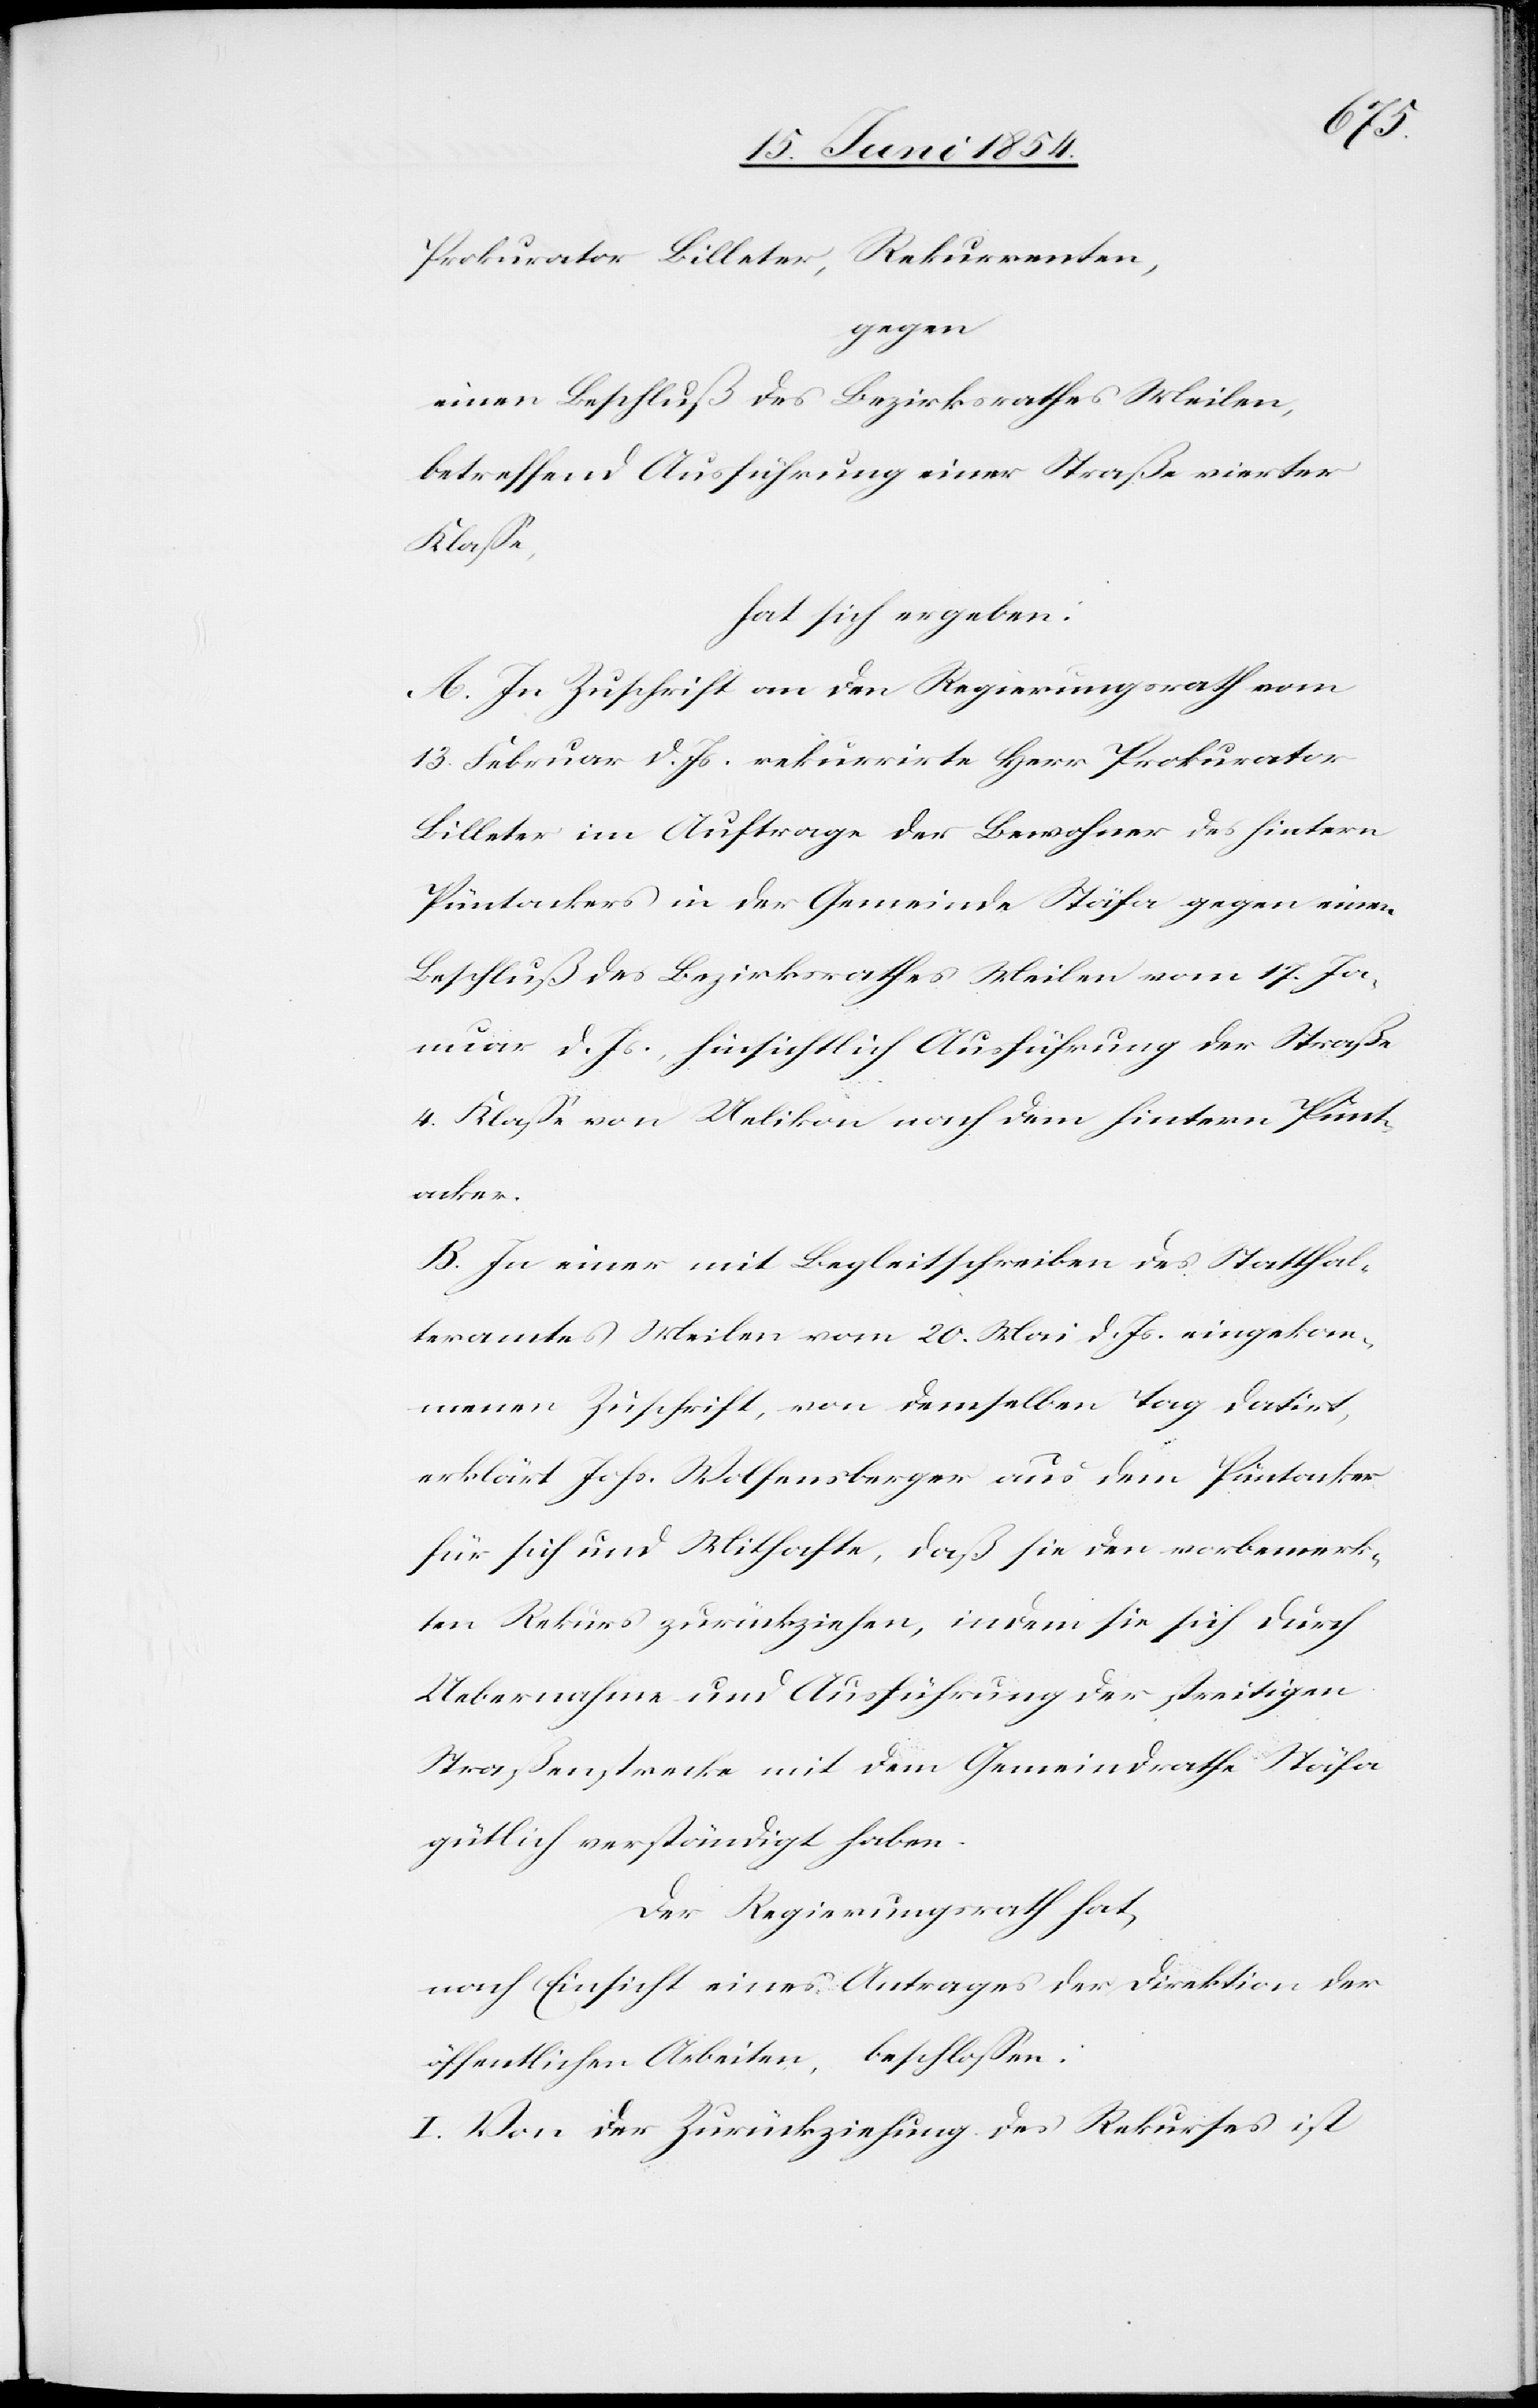
Prokurator Billeter, Rekurrenten,
gegen
einen Beschluß des Bezirksrathes Meilen,
betreffend Ausführung einer Straße vierter
Klaße,
hat sich ergeben:
A. In Zuschrift an den Regierungsrath vom
13. Februar d. Js. rekurrirte Herr Prokurator
Billeter im Auftrage der Bewohner des hintern
Püntackers in der Gemeinde Stäfa gegen einen
Beschluß des Bezirksrathes Meilen vom 17. Ja¬
nuar d. Js., hinsichtlich Ausführung der Straße
4. Klaße von Uelikon nach dem hintern Pünt¬
acker.
B. In einer mit Begleitschreiben des Statthal¬
teramtes Meilen vom 20. Mai d. Js. eingekom¬
menen Zuschrift, von demselben Tag datirt,
erklärt Johs. Wolfensberger aus dem Püntacker
für sich und Mithafte, daß sie den vorbemerk¬
ten Rekurs zurückziehen, indem sie sich durch
Uebernahme und Ausführung der streitigen
Straßenstrecke mit dem Gemeindrathe Stäfa
gütlich verständigt habe.
Der Regierungsrath hat,
nach Einsicht eines Antrages der Direktion der
I. Von der Zurückziehung des Rekurses ist